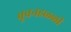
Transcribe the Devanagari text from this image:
बूवनहळ्ळी